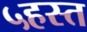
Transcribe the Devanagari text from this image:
५हस्त